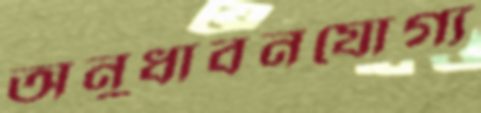
অনুধাবনযোগ্য